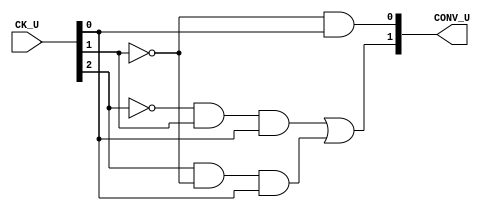
//CONVERSO DE USURIOS

module convert_user(CONV_U, CK_U);

	input [2:0]CK_U;
	output [1:0]CONV_U;
	wire not_CK0, not_CK1, not_CK2;
	wire T1, T2;

	not Inv0(not_CK0, CK_U[0]);
	not Inv1(not_CK1, CK_U[1]);
	not Inv2(not_CK2, CK_U[2]);

	//For CONV_U[0] output
	and And0(CONV_U[0], not_CK1, CK_U[0]);

	//For CONV_U[1] output
	and And1(T1, not_CK2, CK_U[1], CK_U[0]);
	and And2(T2, CK_U[2], not_CK1, CK_U[0]);
	or Or0(CONV_U[1], T1, T2);

endmodule